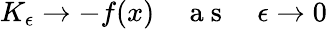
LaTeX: \begin{array}{r}{K_{\epsilon}\to-f(x)\quad\mathrm{~a~s~}\quad\epsilon\to 0}\end{array}